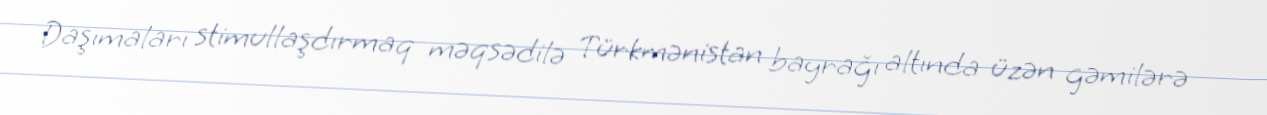
Daşımaları stimullaşdırmaq məqsədilə Türkmənistan bayrağı altında üzən gəmilərə